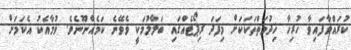
ކުރައްވާފައިވާ ހުރިހާ ޚިދުމަތްތަކަކަށް މިފަދަ ރިޕޯޓެއްގައި ބަލާލުމަކީ ވެވޭނެ ކަމެއްނޫނެވެ. ވުމާއެކު އެކަމަށް